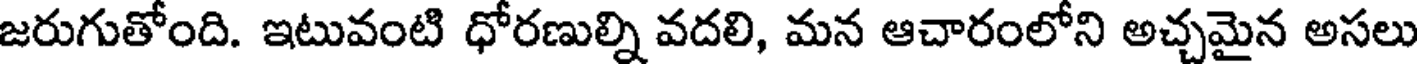
జరుగుతోంది. ఇటువంటి ధోరణుల్ని వదలి, మన ఆచారంలోని అచ్చమైన అసలు